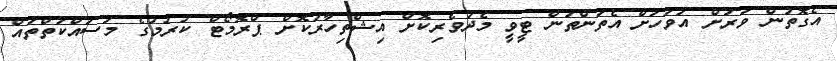
އެގޮތުން ވަރަށް އަވަހަށް އެތަންތަން ޓީވީ މެދުވެރިކޮށް އިޝްތިހާރުކޮށް ޕްރޮމޯޓް ކުރުމުގެ މަސައްކަތްތައް